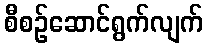
စီစဉ်ဆောင်ရွက်လျက်